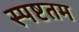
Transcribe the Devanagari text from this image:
स्पष्टतम